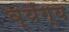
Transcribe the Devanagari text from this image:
व्यँग्य